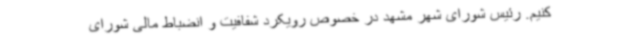
کنیم. رئیس شورای شهر مشهد در خصوص رویکرد شفافیت و انضباط مالی شورای